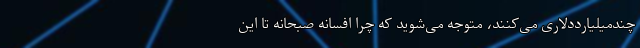
چند‌میلیارد‌دلاری می‌کنند، متوجه می‌شوید که چرا افسانه صبحانه تا این